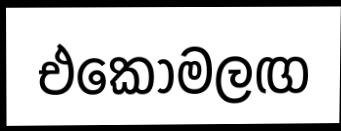
එකොමලඟ